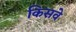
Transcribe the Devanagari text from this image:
किसवे